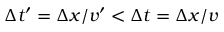
\Delta t ^ { \prime } = \Delta x / v ^ { \prime } < \Delta t = \Delta x / v